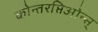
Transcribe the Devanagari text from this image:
कोन्तरप्तिओन्स्